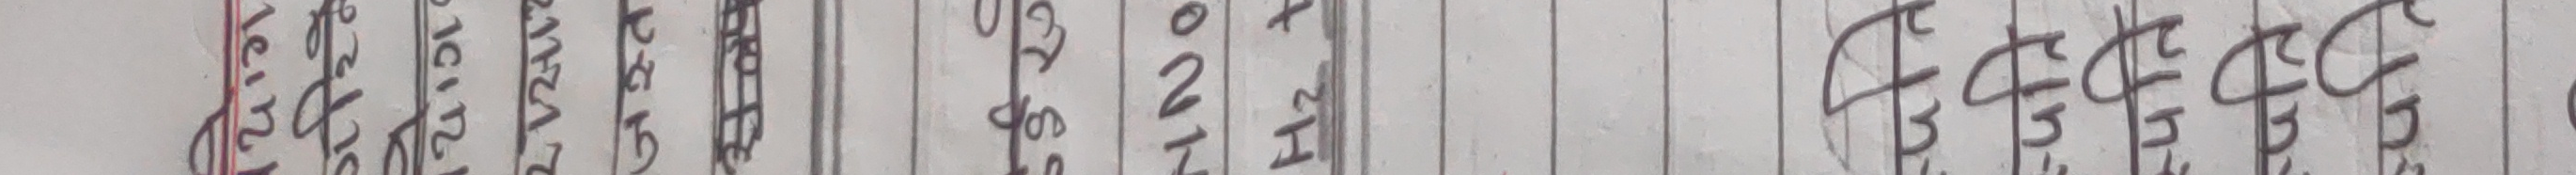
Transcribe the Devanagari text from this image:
भेनेजुएला बोस्निया अष्ट्रिया अर्मेनिया अल्जेरिया इजरायल कतार क्यानाडा क्युवा इजिप्ट